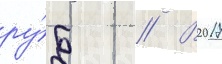
ру́б // В 2017